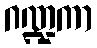
ဂဏ္ဍကာ